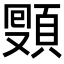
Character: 𩓔